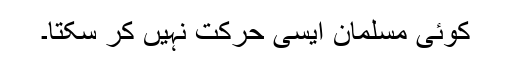
کوئی مسلمان ایسی حرکت نہیں کر سکتا۔